Etiology and epidemiology of plague
Disease focus: Plague
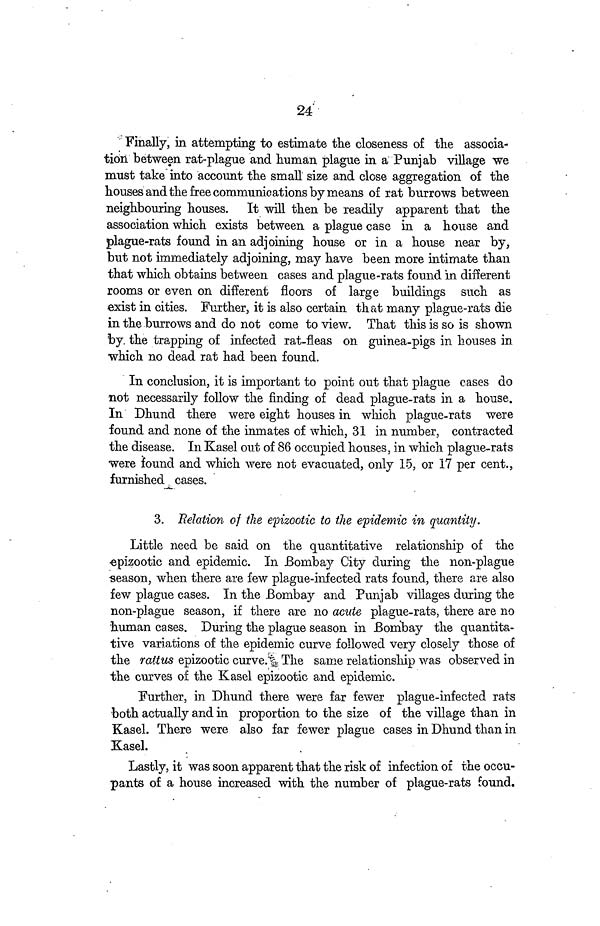
24
Finally, in attempting to estimate the closeness of the associa-
tion between rat-plague and human plague in a Punjab village we
must take into account the small size and close aggregation of the
houses and the free communications by means of rat burrows between
neighbouring houses. It will then be readily apparent that the
association which exists between a plague case in a house and
plague-rats found in an adjoining house or in a house near by,
but not immediately adjoining, may have been more intimate than
that which obtains between cases and plague-rats found in different
rooms or even on different floors of large buildings such as
exist in cities. Further, it is also certain that many plague-rats die
in the burrows and do not come to view. That this is so is shown
by. the trapping of infected rat-fleas on guinea-pigs in houses in
which no dead rat had been found.
In conclusion, it is important to point out that plague cases do
not necessarily follow the finding of dead plague-rats in a house.
In Dhund there were eight houses in which plague-rats were
found and none of the inmates of which, 31 in number, contracted
the disease. In Kasel out of 86 occupied houses, in which plague-rats
were found and which were not evacuated, only 15, or 17 per cent.,
furnished cases.
3. Relation of the epizootic to the epidemic in quantity.
Little need be said on the quantitative relationship of the
epizootic and epidemic. In Bombay City during the non-plague
season, when there are few plague-infected rats found, there are also
few plague cases. In the Bombay and Punjab villages during the
non-plague season, if there are no acute plague-rats, there are no
human cases. During the plague season in Bombay the quantita-
tive variations of the epidemic curve followed very closely those of
the rattus epizootic curve. The same relationship was observed in
the curves of the Kasel epizootic and epidemic.
Further, in Dhund there were far fewer plague-infected rats
both actually and in proportion to the size of the village than in
Kasel. There were also far fewer plague cases in Dhund than in
Kasel.
Lastly, it was soon apparent that the risk of infection of the occu-
pants of a house increased with the number of plague-rats found.